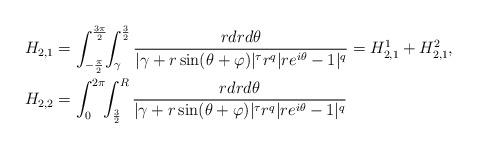
LaTeX: \begin{align*}H_{2,1} & =\int_{-\frac{\pi}{2}}^{\frac{3\pi}{2}}\!\!\int_\gamma^{\frac{3}{2}}\frac{r dr d\theta}{|\gamma+r\sin(\theta+\varphi)|^\tau r^q|re^{i\theta}-1|^q}=H_{2,1}^1+H_{2,1}^2,\\H_{2,2} & =\int_0^{2\pi}\!\!\int_{\frac{3}{2}}^{R}\frac{r dr d\theta}{|\gamma+r\sin(\theta+\varphi)|^\tau r^q|re^{i\theta}-1|^q}\end{align*}